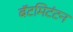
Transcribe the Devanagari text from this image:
बॅटमिटंटन